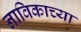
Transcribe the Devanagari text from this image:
नाविकाच्या